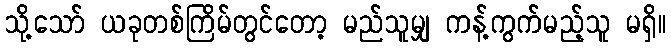
သို့သော် ယခုတစ်ကြိမ်တွင်တော့ မည်သူမျှ ကန့်ကွက်မည့်သူ မရှိ။